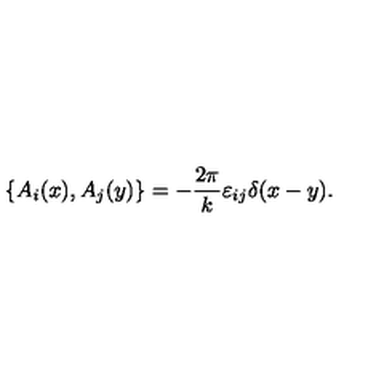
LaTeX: \{ A _ { i } ( x ) , A _ { j } ( y ) \} = - \frac { 2 \pi } { k } \varepsilon _ { i j } \delta ( x - y ) .